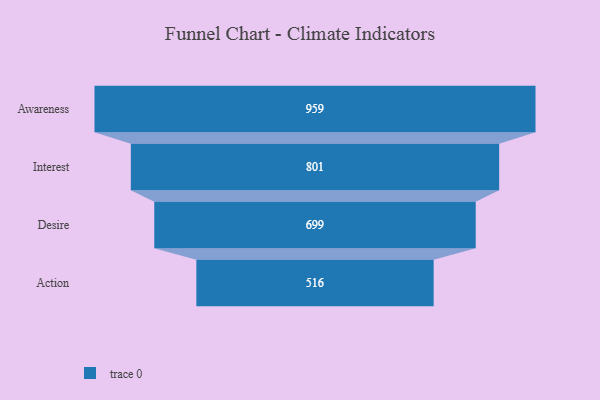
{"axis": {"x": "Stage", "y": "Value"}, "legend": [""], "data": [{"x": "Awareness", "y": 959.0, "type": ""}, {"x": "Interest", "y": 801.0, "type": ""}, {"x": "Desire", "y": 699.0, "type": ""}, {"x": "Action", "y": 516.0, "type": ""}]}